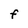
Character: F